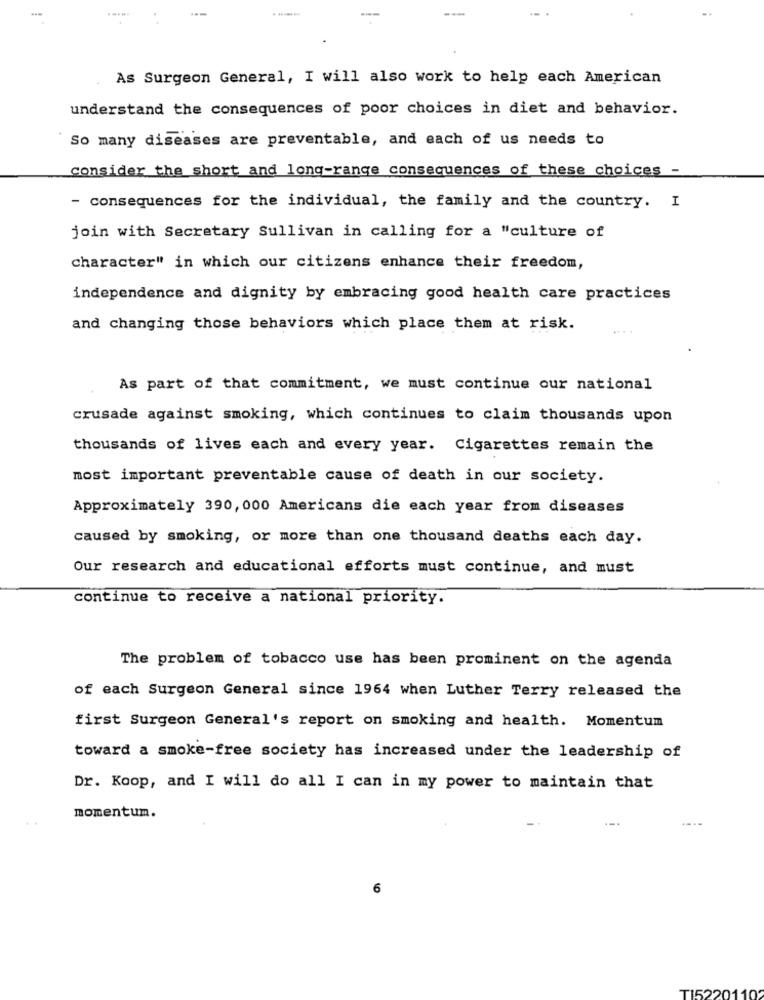
-
As Surgeon General, I will also work to help each American
understand the consequences of poor choices in diet and behavior.
So many diseases are preventable, and each of us needs to
consider the short and long-range consequences of these choices -
- consequences for the individual, the family and the country. I
join with Secretary Sullivan in calling for a "culture of
character" in which our citizens enhance their freedom,
independence and dignity by embracing good health care practices
and changing those behaviors which place them at risk.
As part of that commitment, we must continue our national
crusade against smoking, which continues to claim thousands upon
thousands of lives each and every year. Cigarettes remain the
most important preventable cause of death in our society.
Approximately 390, 000 Americans die each year from diseases
caused by smoking, or more than one thousand deaths each day.
Our research and educational efforts must continue, and must
continue to receive a national priority.
The problem of tobacco use has been prominent on the agenda
of each Surgeon General since 1964 when Luther Terry released the
first Surgeon General's report on smoking and health. Momentum
toward a smoke-free society has increased under the leadership of
Dr. Koop, and I will do all I can in my power to maintain that
momentum.
6
TI522